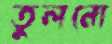
তুলনো